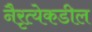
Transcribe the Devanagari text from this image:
नैरृत्येकडील